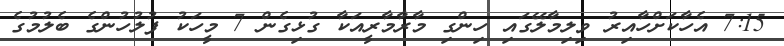
7:15 އެހާކަށްހާއިރު ވިލިމާލޭގައި ހިންގި މާރާމާރީއަކާ ގުޅިގެން 7 މީހަކު ފުލުހުންގެ ބެލުމުގެ